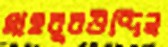
মাহবুবউদ্দিন